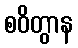
စဝိတွာန